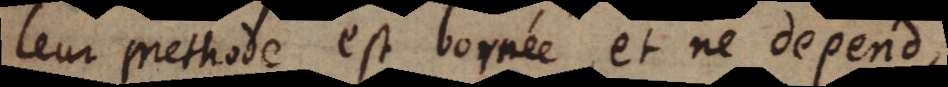
leur Methode est bornée, et ne depend,